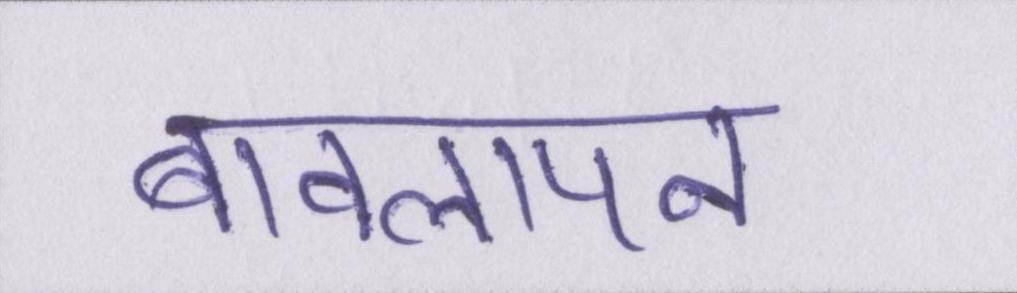
बावलापन